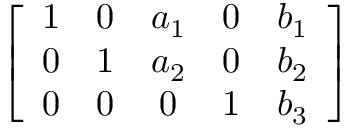
\left[ { \begin{array} { c c c c c } { 1 } & { 0 } & { a _ { 1 } } & { 0 } & { b _ { 1 } } \\ { 0 } & { 1 } & { a _ { 2 } } & { 0 } & { b _ { 2 } } \\ { 0 } & { 0 } & { 0 } & { 1 } & { b _ { 3 } } \end{array} } \right]